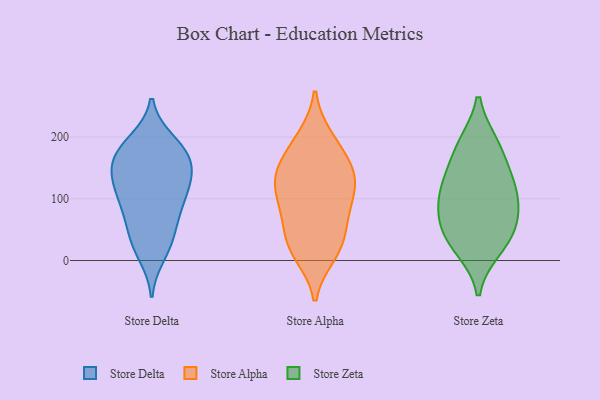
{"axis": {"x": "Website Visitors", "y": "Value"}, "legend": ["Store Alpha", "Store Delta", "Store Zeta"], "data": [{"x": "", "y": 123, "type": "Store Delta"}, {"x": "", "y": 49, "type": "Store Delta"}, {"x": "", "y": 193, "type": "Store Delta"}, {"x": "", "y": 177, "type": "Store Delta"}, {"x": "", "y": 10, "type": "Store Delta"}, {"x": "", "y": 156, "type": "Store Delta"}, {"x": "", "y": 119, "type": "Store Delta"}, {"x": "", "y": 86, "type": "Store Delta"}, {"x": "", "y": 164, "type": "Store Delta"}, {"x": "", "y": 118, "type": "Store Delta"}, {"x": "", "y": 81, "type": "Store Delta"}, {"x": "", "y": 38, "type": "Store Delta"}, {"x": "", "y": 89, "type": "Store Delta"}, {"x": "", "y": 149, "type": "Store Delta"}, {"x": "", "y": 172, "type": "Store Delta"}, {"x": "", "y": 136, "type": "Store Delta"}, {"x": "", "y": 189, "type": "Store Delta"}, {"x": "", "y": 24, "type": "Store Delta"}, {"x": "", "y": 85, "type": "Store Alpha"}, {"x": "", "y": 199, "type": "Store Alpha"}, {"x": "", "y": 151, "type": "Store Alpha"}, {"x": "", "y": 50, "type": "Store Alpha"}, {"x": "", "y": 128, "type": "Store Alpha"}, {"x": "", "y": 19, "type": "Store Alpha"}, {"x": "", "y": 10, "type": "Store Alpha"}, {"x": "", "y": 17, "type": "Store Alpha"}, {"x": "", "y": 194, "type": "Store Alpha"}, {"x": "", "y": 49, "type": "Store Alpha"}, {"x": "", "y": 128, "type": "Store Alpha"}, {"x": "", "y": 131, "type": "Store Alpha"}, {"x": "", "y": 165, "type": "Store Alpha"}, {"x": "", "y": 140, "type": "Store Alpha"}, {"x": "", "y": 95, "type": "Store Alpha"}, {"x": "", "y": 89, "type": "Store Alpha"}, {"x": "", "y": 128, "type": "Store Zeta"}, {"x": "", "y": 20, "type": "Store Zeta"}, {"x": "", "y": 188, "type": "Store Zeta"}, {"x": "", "y": 115, "type": "Store Zeta"}, {"x": "", "y": 30, "type": "Store Zeta"}, {"x": "", "y": 61, "type": "Store Zeta"}, {"x": "", "y": 87, "type": "Store Zeta"}, {"x": "", "y": 49, "type": "Store Zeta"}, {"x": "", "y": 188, "type": "Store Zeta"}, {"x": "", "y": 142, "type": "Store Zeta"}, {"x": "", "y": 92, "type": "Store Zeta"}]}